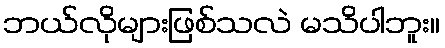
ဘယ်လိုများဖြစ်သလဲ မသိပါဘူး။